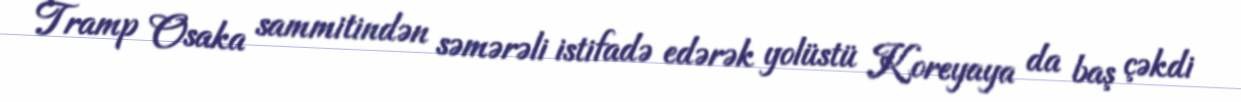
Tramp Osaka sammitindən səmərəli istifadə edərək yolüstü Koreyaya da baş çəkdi